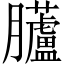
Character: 𱢼